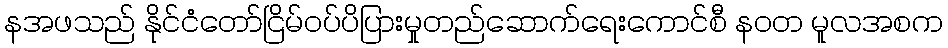
နအဖသည် နိုင်ငံတော်ငြိမ်ဝပ်ပိပြားမှုတည်ဆောက်ရေးကောင်စီ နဝတ မူလအစက